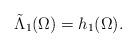
LaTeX: \begin{align*} \tilde{\Lambda}_1(\Omega) = h_1(\Omega). \end{align*}